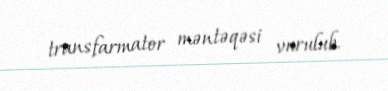
transfarmator məntəqəsi vurulub.